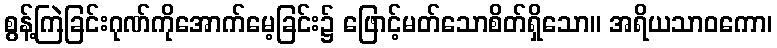
စွန့်ကြဲခြင်းဂုဏ်ကိုအောက်မေ့ခြင်း၌ ဖြောင့်မတ်သောစိတ်ရှိသော။ အရိယသာဝကော၊